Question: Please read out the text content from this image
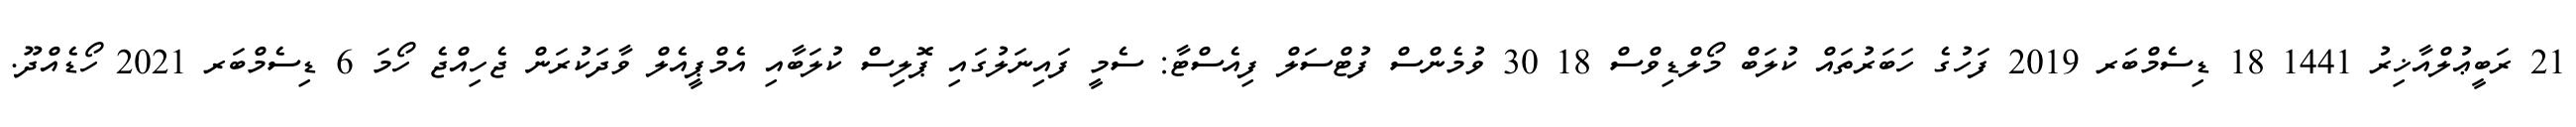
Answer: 21 ރަބީޢުލްއާޚިރު 1441 18 ޑިސެމްބަރ 2019 ފަހުގެ ހަބަރުތައް ކުލަބް މޯލްޑިވްސް 18 30 ވުމެންސް ފުޓްސަލް ފިއެސްޓާ: ސެމީ ފައިނަލުގައި ޕޮލިސް ކުލަބާއި އެމްޕީއެލް ވާދަކުރަން ޖެހިއްޖެ ހޯމަ 6 ޑިސެމްބަރ 2021 ހޯޑެއްދޫ.